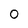
Character: 0